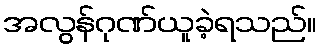
အလွန်ဂုဏ်ယူခဲ့ရသည်။